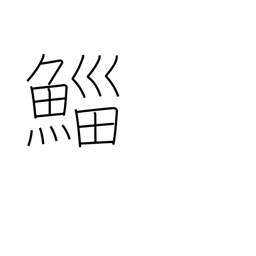
Meaning: mullet (fish)